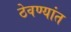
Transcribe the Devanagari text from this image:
ठेवण्यांत